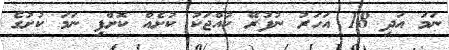
ނަމަ އަދި 18 އަހަރު ނުފުރޭ ކުއްޖަކު ކުށެއް ކޮށްފި ނަމަ ކުށުގެ